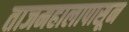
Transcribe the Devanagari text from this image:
ताजमहालापासून